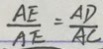
\frac { A E } { A E } = \frac { A D } { A C }